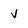
Character: v